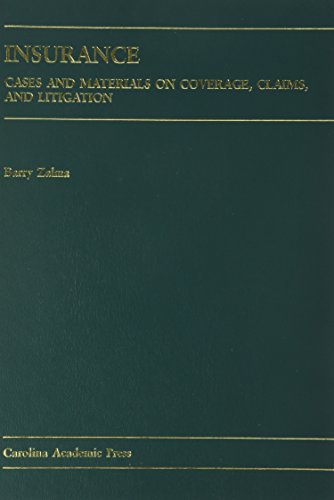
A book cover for Insurance: Cases and Materials on Coverage, Claims, and Litigation (Law Casebook); Barry Zalma; Law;